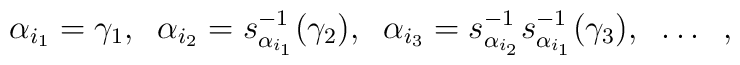
\alpha_{i_1}=\gamma_{1},\;\; \alpha_{i_2}=s^{-1}_{\alpha_{i_1}}(\gamma_{2}), \;\;\alpha_{i_3}=s^{-1}_{\alpha_{i_2}}s^{-1}_{\alpha_{i_1}}(\gamma_{3}),\;\;\ldots\;\;,